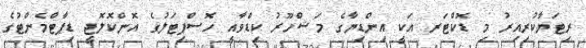
ރިޓަޔާކުރިއިރު މި ޑޮކްޓަރ އަކީ އިންޑިޔާގެ މަޝްހޫރު ކިޑްވާއީ ހޮސްޕިޓަލުގެ އޮންކޮލޮޖީ ޑިޕާޓްމެންޓުގެ